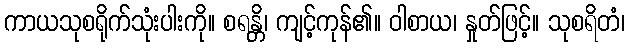
ကာယသုစရိုက်သုံးပါးကို။ စရန္တိ၊ ကျင့်ကုန်၏။ ဝါစာယ၊ နှုတ်ဖြင့်။ သုစရိတံ၊